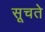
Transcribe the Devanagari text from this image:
सूचते